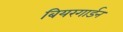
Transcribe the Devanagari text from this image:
बियरगार्डन